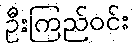
ဦးကြည်ဝင်း